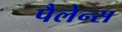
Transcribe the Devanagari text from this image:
पैलेन्स